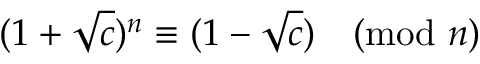
( 1 + { \sqrt { c } } ) ^ { n } \equiv ( 1 - { \sqrt { c } } ) { \pmod { n } }